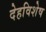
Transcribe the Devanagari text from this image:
देहविशेष